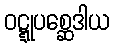
ဝဋ္ဋုပစ္ဆေဒါယ